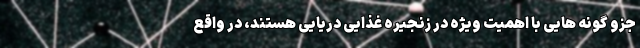
جزو گونه هایی با اهمیت ویژه در زنجیره غذایی دریایی هستند، در واقع